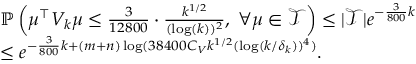
\begin{array} { r l } & { \mathbb { P } \left( \mu ^ { \top } V _ { k } \mu \leq \frac { 3 } { 1 2 8 0 0 } \cdot \frac { k ^ { 1 / 2 } } { ( \log ( k ) ) ^ { 2 } } , \; \forall \mu \in \mathcal { T } \right) \leq | \mathcal { T } | e ^ { - \frac { 3 } { 8 0 0 } k } } \\ & { \leq e ^ { - \frac { 3 } { 8 0 0 } k + ( m + n ) \log ( 3 8 4 0 0 C _ { V } k ^ { 1 / 2 } ( \log ( k / \delta _ { k } ) ) ^ { 4 } ) } . } \end{array}